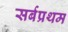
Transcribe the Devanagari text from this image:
सर्बप्रथम